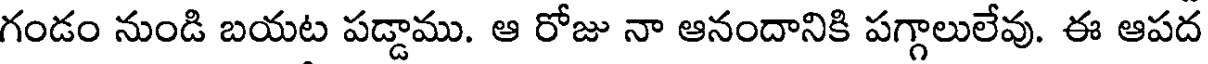
గండం నుండి బయట పడ్డాము. ఆ రోజు నా ఆనందానికి పగ్గాలులేవు. ఈ ఆపద